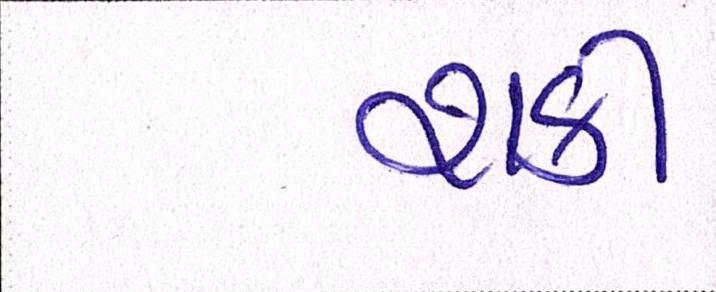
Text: શકી